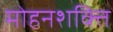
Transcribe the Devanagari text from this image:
मोहनशक्ति